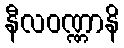
နီလဝဏ္ဏာနိ